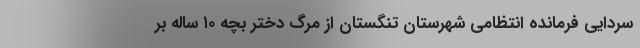
سردایی فرمانده انتظامی شهرستان تنگستان از مرگ دختر بچه ۱۰ ساله بر